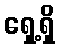
ရှေ့ရှိ